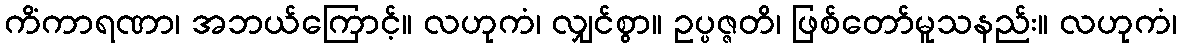
ကိံကာရဏာ၊ အဘယ်ကြောင့်။ လဟုကံ၊ လျှင်စွာ။ ဥပ္ပဇ္ဇတိ၊ ဖြစ်တော်မူသနည်း။ လဟုကံ၊